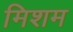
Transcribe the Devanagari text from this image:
मिशम